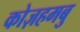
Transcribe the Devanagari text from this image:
कोज़हमबु